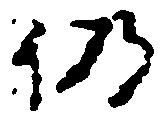
仍